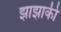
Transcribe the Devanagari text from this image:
झाझाकी